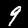
Digit: 9